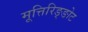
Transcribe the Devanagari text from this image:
मूत्तिरिङ्ङोट